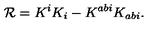
{ \cal R } = K ^ { i } K _ { i } - K ^ { a b i } K _ { a b i } .